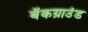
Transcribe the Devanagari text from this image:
बॅकग्राउंड